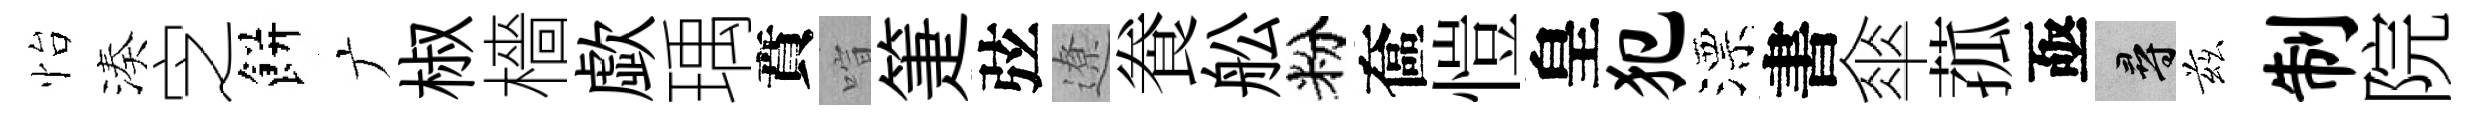
怡湊㝎餅广椒檣歔瑀賁喧箑弦遼飬舩粉奩愷皇犯漂書傘菰亟尋兹制院